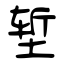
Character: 堑